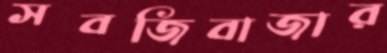
সবজিবাজার